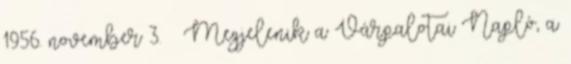
1956. november 3. – Megjelenik a Várpalotai Napló, a